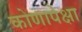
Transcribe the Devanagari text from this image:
कोणापेक्षा